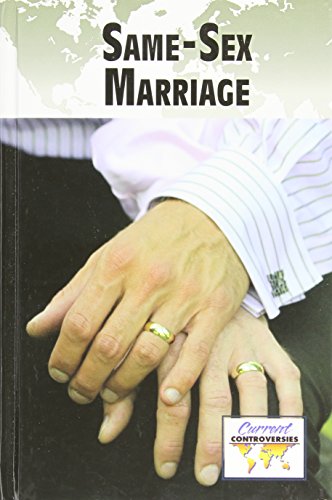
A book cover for Same-Sex Marriage (Current Controversies); Tamara Thompson; Teen & Young Adult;